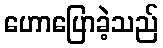
ဟောပြောခဲ့သည်